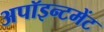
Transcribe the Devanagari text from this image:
अपॉइन्टमेंट